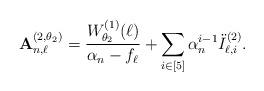
LaTeX: \begin{align*} \mathbf{A}_{n,\ell}^{(2,\theta_2)}=\frac{W_{\theta_2}^{(1)}(\ell)}{\alpha_n-f_{\ell}}+\sum_{i\in[5]}\alpha_n^{i-1}\ddot{I}_{\ell,i}^{(2)}.\end{align*}